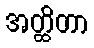
အတ္ထိတာ